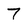
Character: 7